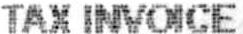
TAX INVOICE